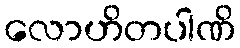
လောဟိတပါဏိ